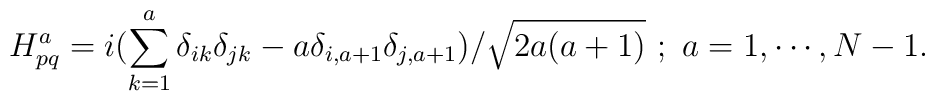
H^a_{pq}=i(\sum_{k=1}^{a}\delta_{ik}\delta_{jk}-a\delta_{i,a+1}\delta_{j,a+1})/\sqrt{2a(a+1)}~;~ a = 1, \cdots, N-1 .